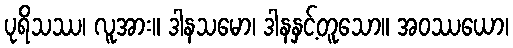
ပုရိသဿ၊ လူအား။ ဒါနသမော၊ ဒါနနှင့်တူသော။ အဝဿယော၊